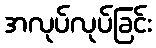
အလုပ်လုပ်ခြင်း